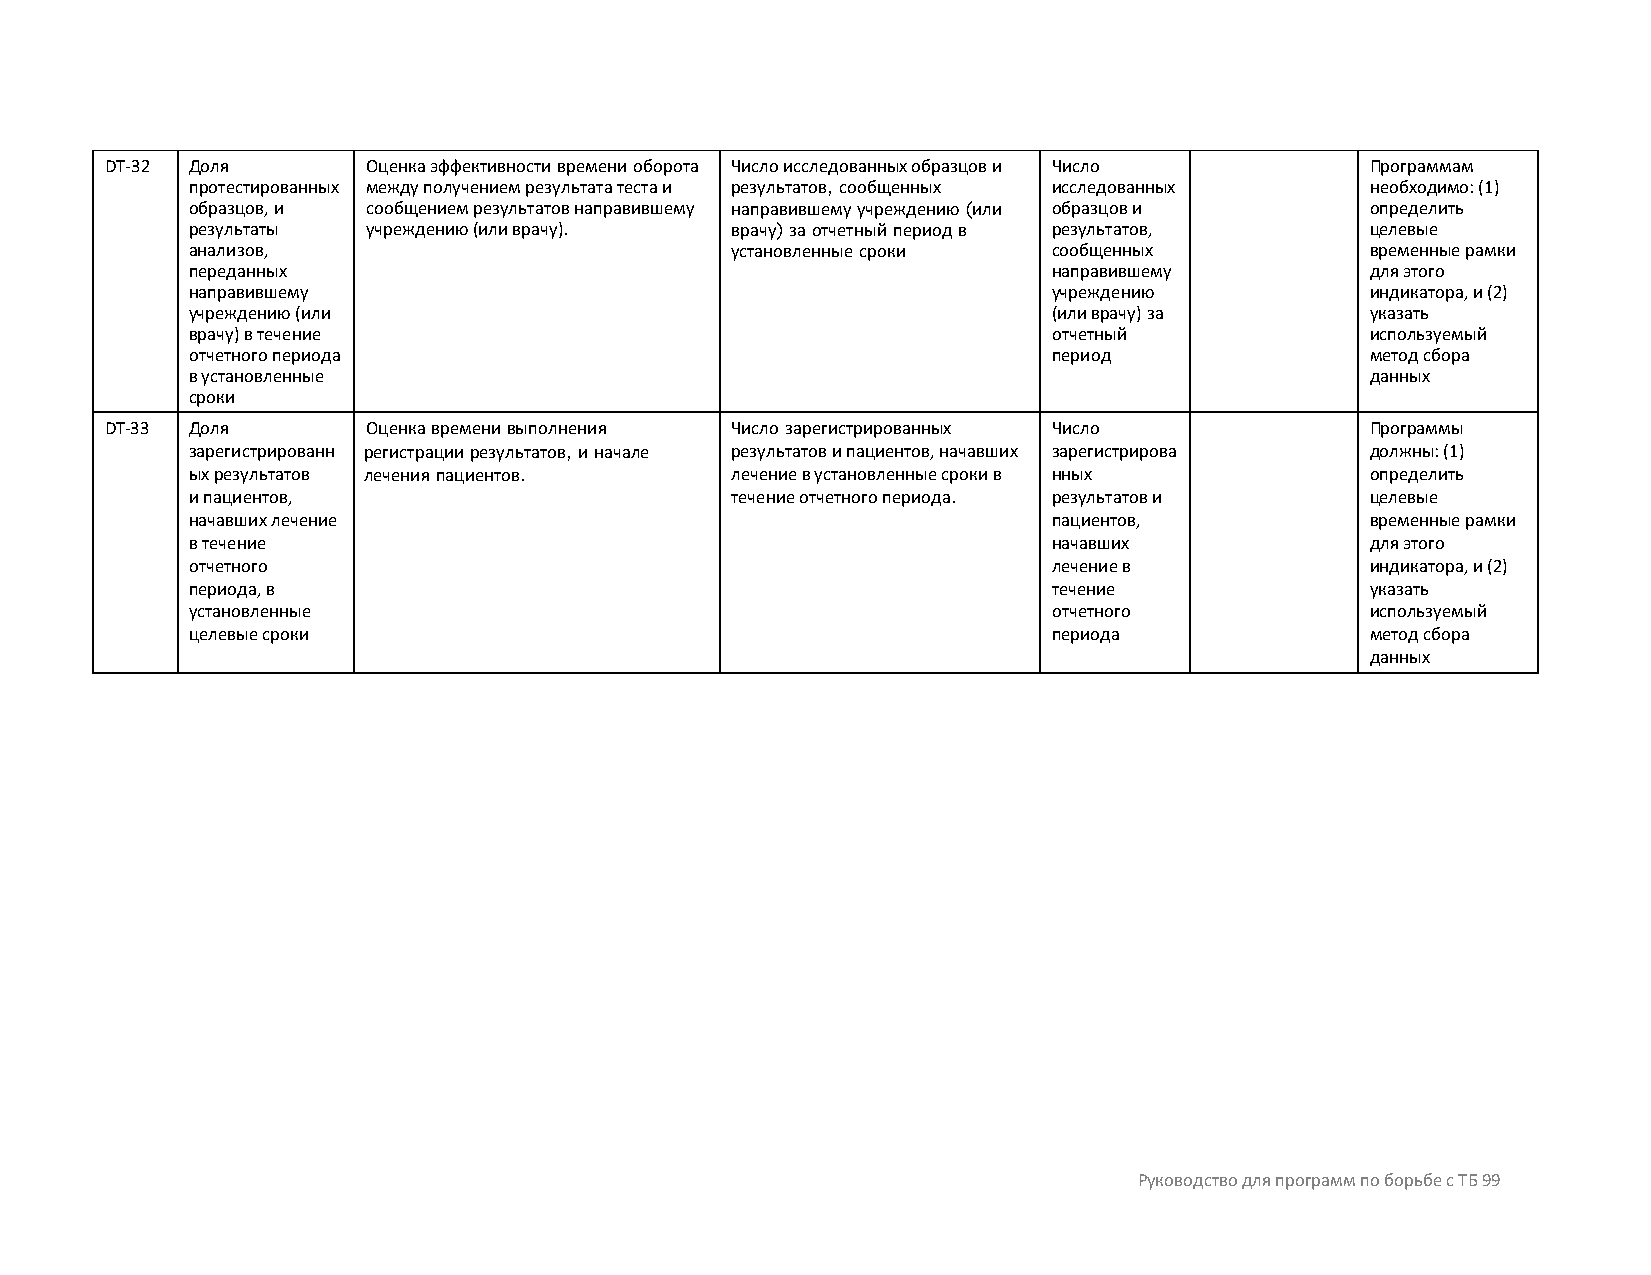
DT-32 Доля       Оценка эффективности времени оборота Число исследованных образцов и Число Программам
 протестированных между получением результата теста и результатов, сообщенных исследованных необходимо: (1)
 образцов, и сообщением результатов направившему направившему учреждению (или образцов и определить
 результаты  учреждению (или врачу). врачу) за отчетный период в результатов,   целевые
 анализов,                           установленные сроки   сообщенных           временные рамки
 переданных                                                направившему         для этого
 направившему                                              учреждению           индикатора, и (2)
 учреждению (или                                           (или врачу) за       указать
 врачу) в течение                                          отчетный             используемый
 отчетного периода                                         период               метод сбора
 в установленные                                                                данных
 сроки
 DT-33 Доля       Оценка времени выполнения Число зарегистрированных Число           Программы
 зарегистрированн регистрации результатов, и начале результатов и пациентов, начавших зарегистрирова должны: (1)
 ых результатов лечения пациентов.   лечение в установленные сроки в нных       определить
 и пациентов,                        течение отчетного периода. результатов и   целевые
 начавших лечение                                          пациентов,           временные рамки
 в течение                                                 начавших             для этого
 отчетного                                                 лечение в            индикатора, и (2)
 периода, в                                                течение              указать
 установленные                                             отчетного            используемый
 целевые сроки                                             периода              метод сбора
 данных
 Руководство для программ по борьбе с ТБ 99